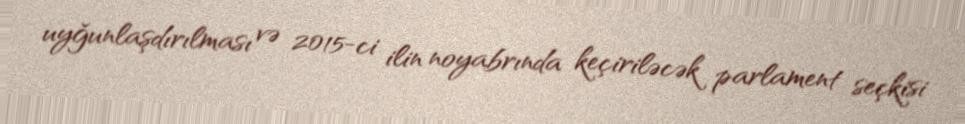
uyğunlaşdırılması və 2015-ci ilin noyabrında keçiriləcək parlament seçkisi